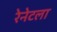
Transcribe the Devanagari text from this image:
रेनेटला